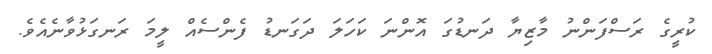
ކުރީގެ ރަސްފަންނު މާޒިޔާ ދަނޑުގަ އޮންނަ ކަހަލަ ދަގަނޑު ފެންސެއް ލީމަ ރަނގަޅުވާނެއެވެ.